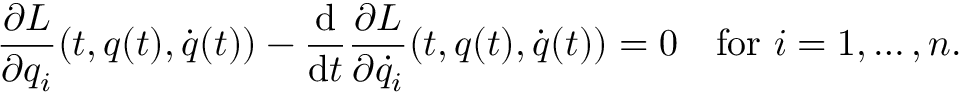
{ \frac { \partial L } { \partial q _ { i } } } ( t , { \boldsymbol { q } } ( t ) , { \dot { \boldsymbol { q } } } ( t ) ) - { \frac { \mathrm { d } } { \mathrm { d } t } } { \frac { \partial L } { \partial { \dot { q } } _ { i } } } ( t , { \boldsymbol { q } } ( t ) , { \dot { \boldsymbol { q } } } ( t ) ) = 0 \quad { \mathrm { f o r ~ } } i = 1 , \dots , n .